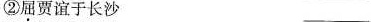
②屈贾谊于长沙___